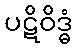
ပဋိဝိဒ္ဓံ